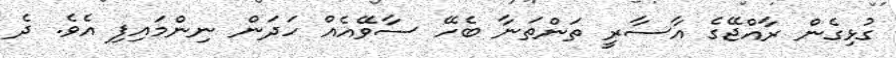
ގުޅިގެން ރާއްޖޭގެ އާސާރީ ތަންތަނާ ބެހޭ ސާވޭއެއް ހަދަން ނިންމައިފި އެވެ. ދެ